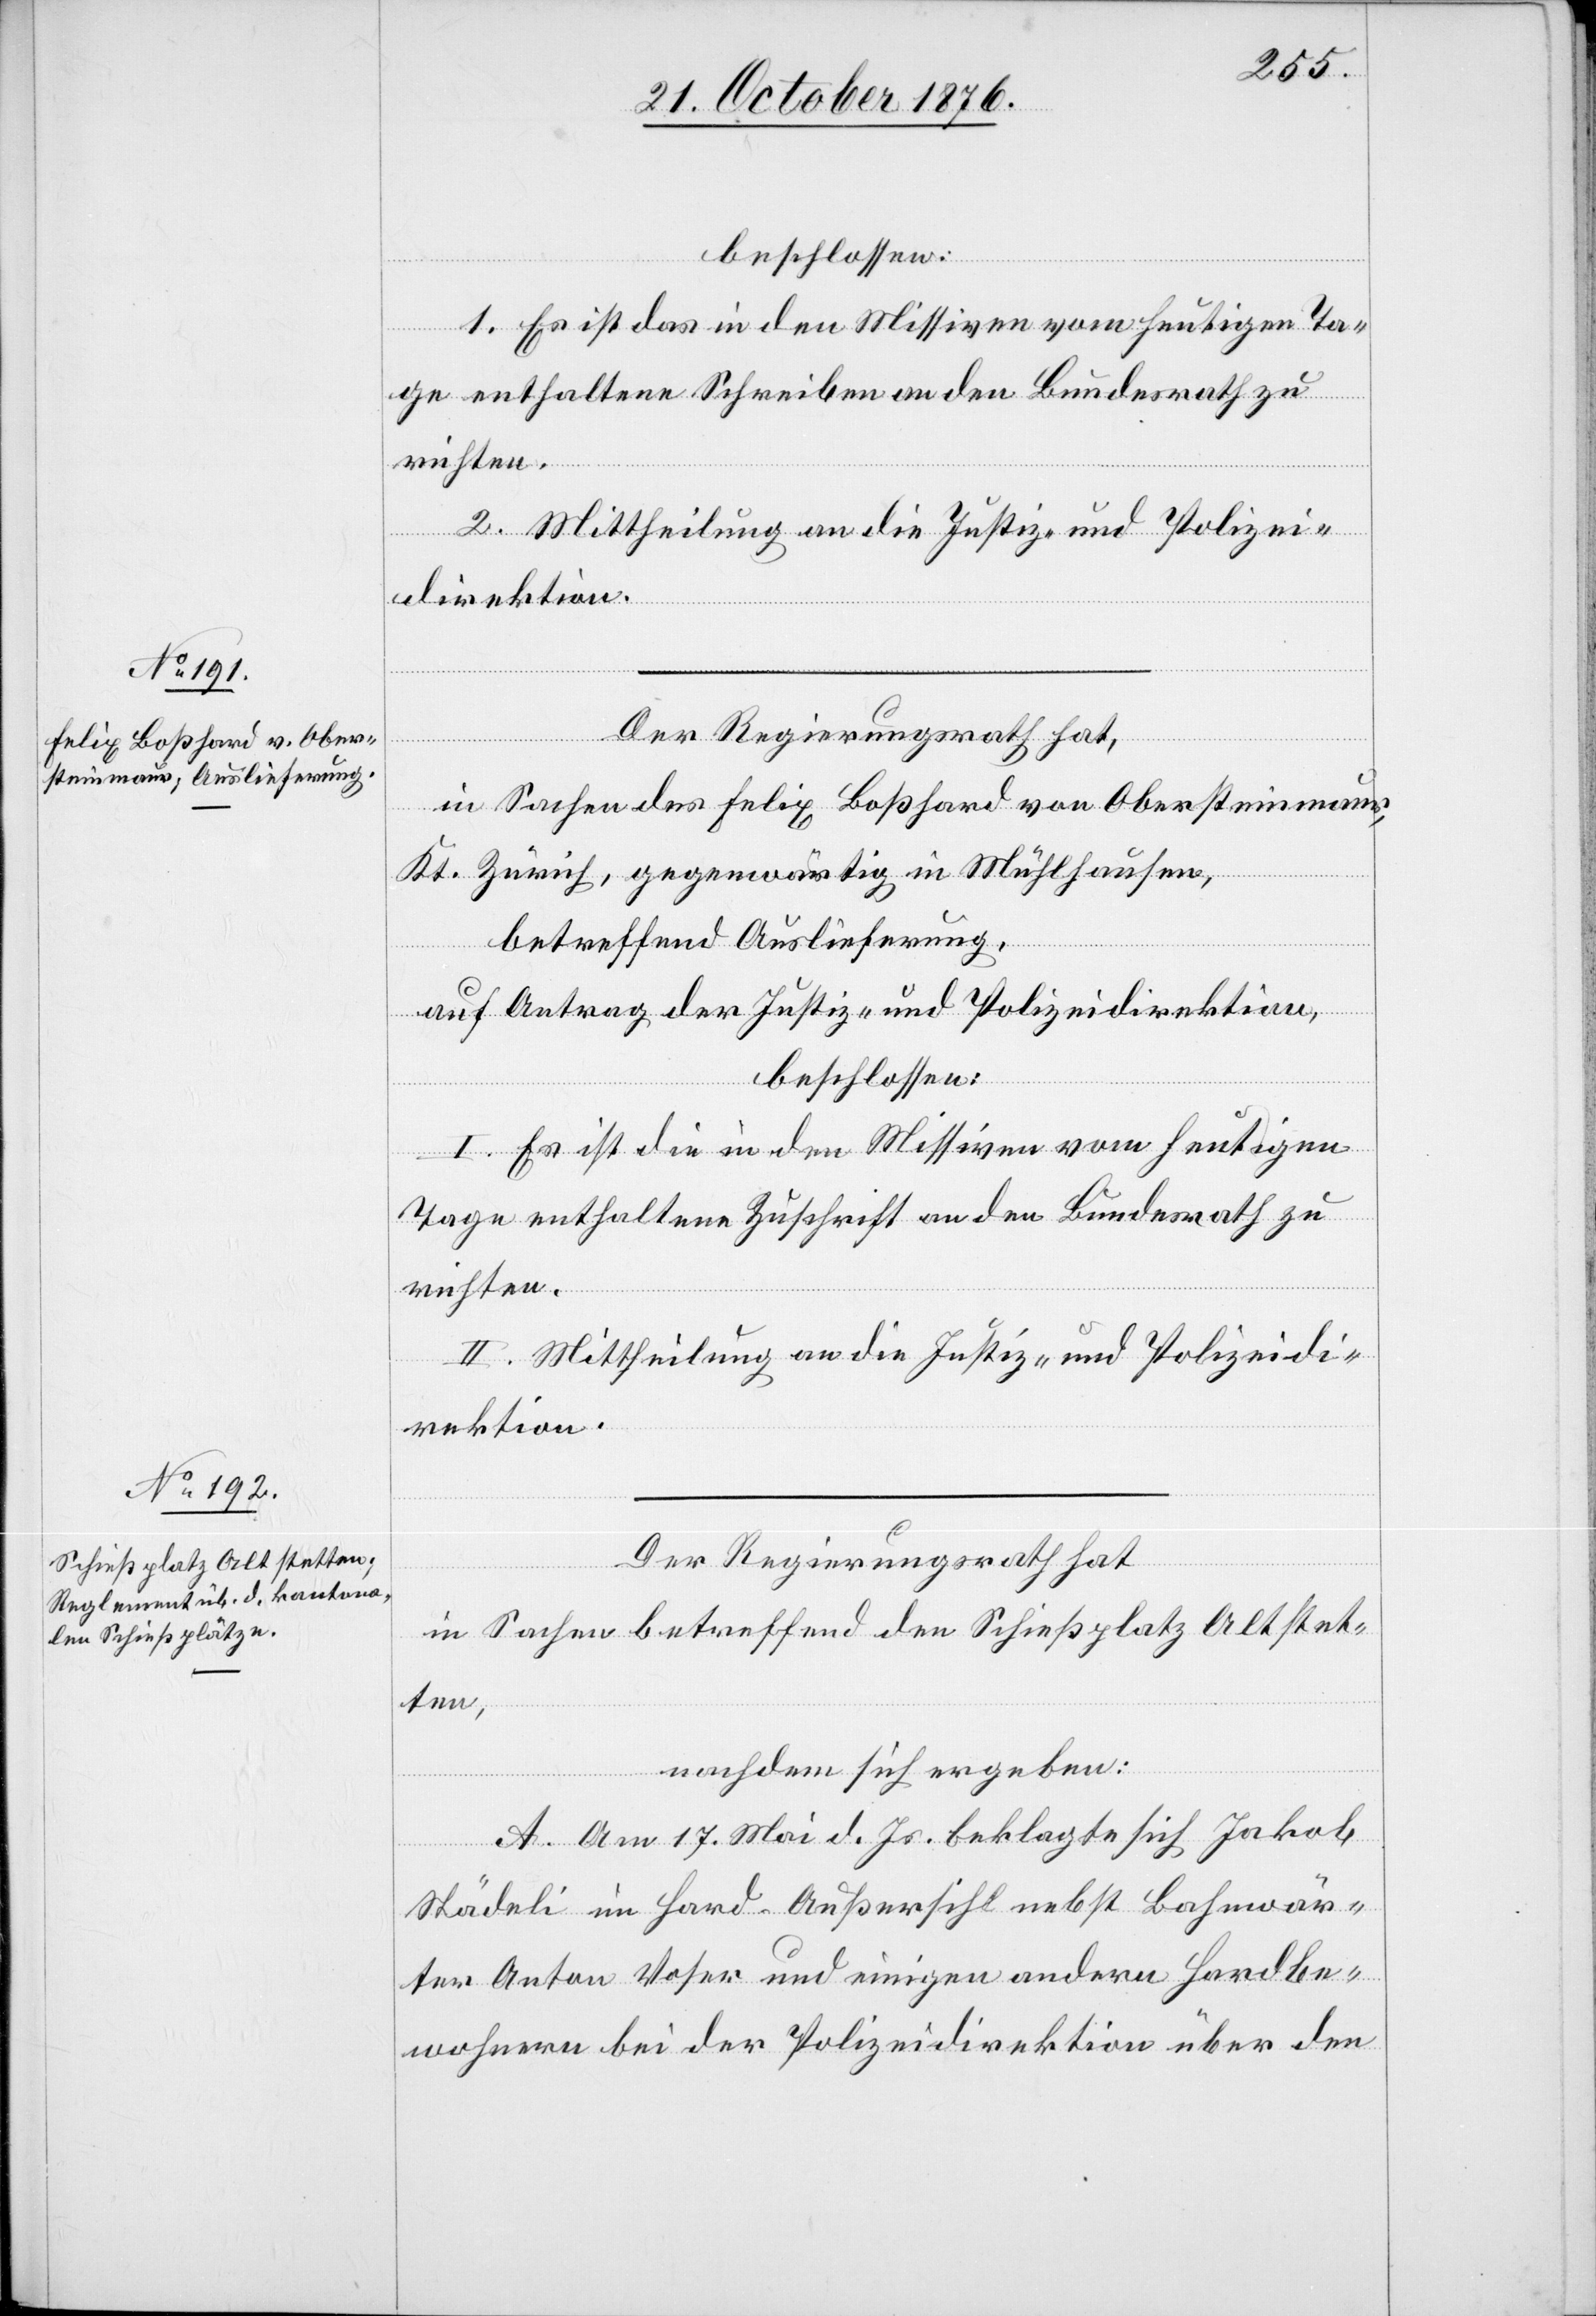
beschlossen:
1. Es sei das in den Missiven vom heutigen Ta¬
ge enthaltene Schreiben an den Bundesrath zu
richten.
2. Mittheilung an die Justiz- und Polizei¬
direktion.
in Sachen des Felix Boßhard von Obersteinmaur,
ath. Zürich, gegenwärtig in Mühlhausen,
betreffend Auslieferung,
Kantonsr¬
auf Antrag der Justiz- und Polizeidirektion,
beschlossen:
I. Es sei die in den Missiven vom heutigen
Tage enthaltene Zuschrift an den Bundesrath zu
richten.
II. Mittheilung an die Justiz- und Polizeidi¬
rektion.
Der Regierungsrath hat
in Sachen betreffend den Schießplatz Altstet¬
ten,
nachdem sich ergeben:
A. Am 17. Mai d. Js. beklagte sich Jakob
Städeli im Hard-Außersihl nebst Bahnanwär¬
ter Anton Voser und einigen andern Hardbe¬
wohnern bei der Polizeidirektion über den